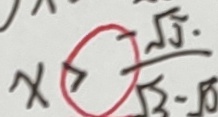
x > \frac { - \sqrt { 5 } . } { \sqrt { 3 } - \sqrt { 5 } }